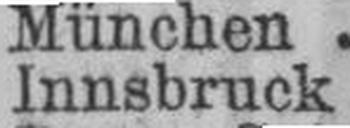
Innsbruck